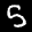
Label: 5